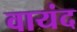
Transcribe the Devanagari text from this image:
वायंद